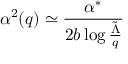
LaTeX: \alpha ^ { 2 } ( q ) \simeq \frac { \alpha ^ { * } } { 2 b \log \frac { \tilde { \Lambda } } { q } }